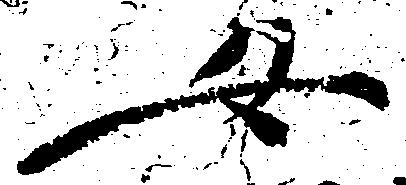
女